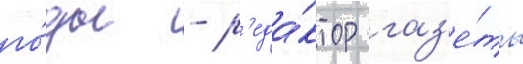
го́ды - р'еда́ктор газ'е́ты